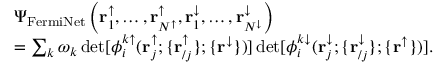
\begin{array} { r l } & { \Psi _ { \mathrm { F e r m i N e t } } \left( \mathbf { r } _ { 1 } ^ { \uparrow } , \dots , \mathbf { r } _ { N ^ { \uparrow } } ^ { \uparrow } , \mathbf { r } _ { 1 } ^ { \downarrow } , \dots , \mathbf { r } _ { N ^ { \downarrow } } ^ { \downarrow } \right) } \\ & { = \sum _ { k } \omega _ { k } \operatorname* { d e t } [ \phi _ { i } ^ { k \uparrow } ( \mathbf { r } _ { j } ^ { \uparrow } ; \{ \mathbf { r } _ { / j } ^ { \uparrow } \} ; \{ \mathbf { r } ^ { \downarrow } \} ) ] \operatorname* { d e t } [ \phi _ { i } ^ { k \downarrow } ( \mathbf { r } _ { j } ^ { \downarrow } ; \{ \mathbf { r } _ { / j } ^ { \downarrow } \} ; \{ \mathbf { r } ^ { \uparrow } \} ) ] . } \end{array}